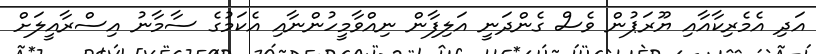
އަދި އެމެރިކާއާއި ޔޫރަޕުން ވެސް ގެންދަނީ އަލިފާން ނިއްވާމީހުންނާއި އެކަމުގެ ސާމާނު އިސްރާއީލަށް